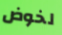
لخوض